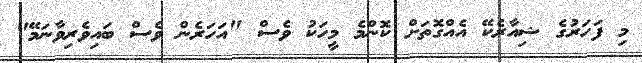
މި ފަހަރުގެ ޝިއާރެކޭ އެއްގޮތަށް ކޮންމެ މީހަކު ވެސް "އަހަރެން ވެސް ބައިވެރިވާނަމޭ"